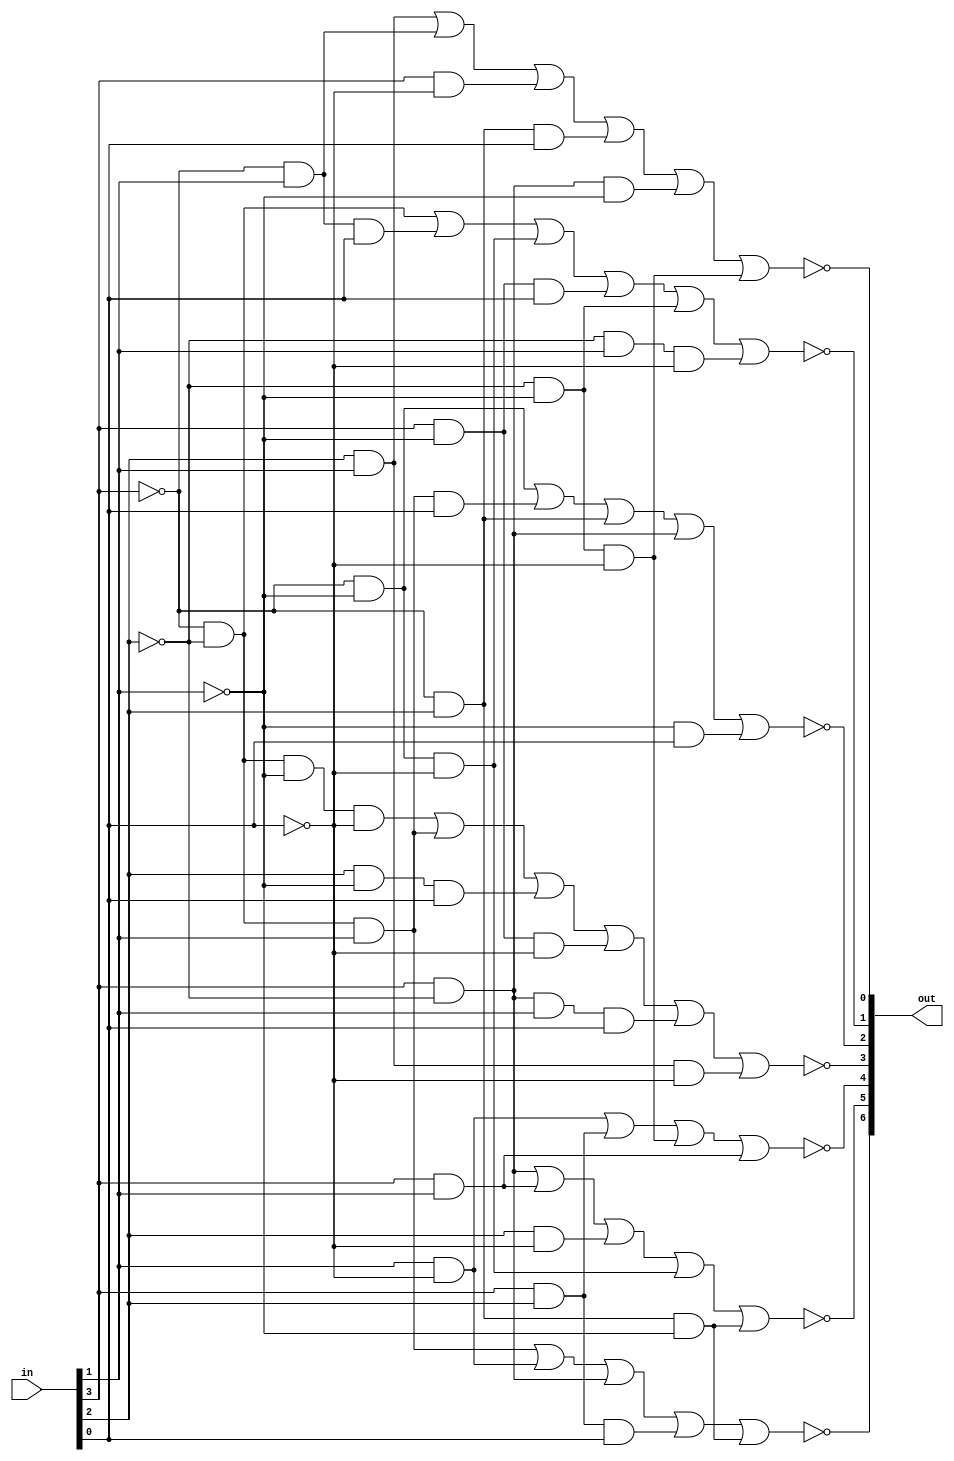
module seven_seg(in, out);
	
	input [3:0] in;
	output [6:0] out;
	
	assign out[0] = !((in[2] & in[1]) | (!in[3] & in[1]) | (in[3] & !in[0]) | (!in[3] & in[2] & in[0]) | (in[3] & !in[2] & !in[1]) | (!in[2] & !in[1] & !in[0]));
	assign out[1] = !((!in[3] & !in[2]) | (!in[3] & in[1] & in[0]) | (!in[3] & !in[1] & !in[0]) | (in[3] & !in[1] & in[0]) | (!in[2] & !in[1]) | (!in[2] & in[1] & !in[0]));
	assign out[2] = !((!in[3] & !in[1]) | (!in[3] & !in[2] & in[1] & in[0]) | (!in[3] & in[2]) | (in[3] & !in[2]) | (!in[1] & in[0]));
	assign out[3] = !((!in[3] & !in[2] & !in[1] & !in[0]) | (!in[3] & !in[2] & in[1]) | (in[2] & !in[1] & in[0]) | (in[3] & !in[1] & !in[0]) | (in[3] & !in[2] & in[1] & in[0]) | (in[2] & in[1] & !in[0]));
	assign out[4] = !((in[1] & !in[0]) | (in[3] & in[2]) | (!in[2] & !in[1] & !in[0]) | (in[3] & in[1]));
	assign out[5] = !((in[3] & !in[2]) | (in[3] & in[1]) | (in[2] & !in[0]) | (!in[3] & !in[1] & !in[0]) | (!in[3] & in[2] & !in[1]));
	assign out[6] = !((!in[3] & !in[2] & in[1]) | (in[1] & !in[0]) | (in[3] & !in[2]) | (in[3] & in[2] & in[0]) | (!in[3] & in[2] & !in[1]));
	
endmodule